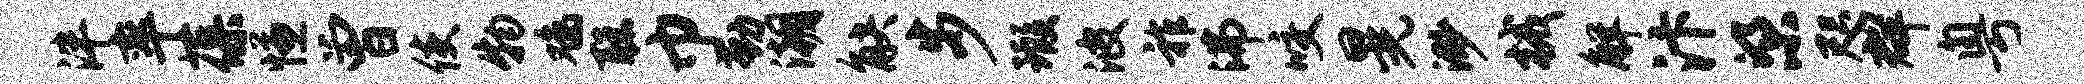
泮率葆慊曾使物鸡聪巾勤潮觖步瑕波祚沸咬晃渺械解汴梁咫群粤